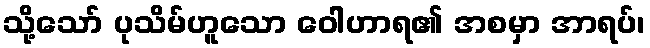
သို့သော် ပုသိမ်ဟူသော ဝေါဟာရ၏ အစမှာ အာရပ်၊